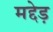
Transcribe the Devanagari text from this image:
मद्देड़